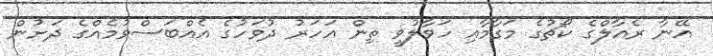
އޭނާ ރެއާލްގެ ކޯޗުގެ މަގާމާއި ހަވާލުވީ ތިން އަހަރު ދުވަހުގެ އެއްބަސްވުމެއްގެ ދަށުން